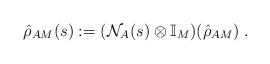
LaTeX: \begin{align*}\hat{\rho}_{AM}(s) := (\mathcal{N}_A(s)\otimes\mathbb{I}_M)(\hat{\rho}_{AM})\;.\end{align*}